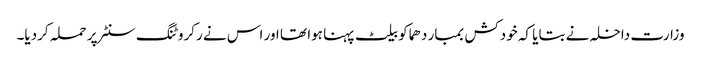
وزارت داخلہ نے بتایا کہ خودکش بمبار دھماکو بیلٹ پہنا ہوا تھا اور اس نے رکروٹنگ سنٹر پر حملہ کردیا۔